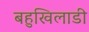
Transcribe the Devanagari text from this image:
बहुखिलाडी